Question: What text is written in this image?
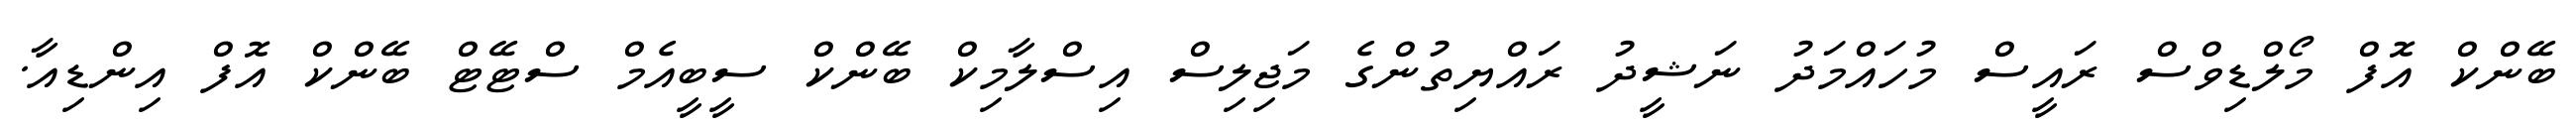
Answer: ބޭންކް އޮފް މޯލްޑިވްސް ރައީސް މުހައްމަދު ނަޝީދު ރައްޔިތުންގެ މަޖިލިސް އިސްލާމިކް ބޭންކް ސީބީއެމް ސްޓޭޓް ބޭންކް އޮފް އިންޑިއާ.